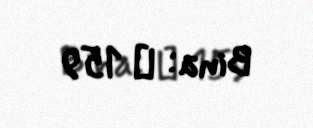
Bina: № 159